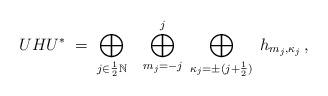
LaTeX: \begin{align*} UHU^*\;=\;\bigoplus_{j\in\frac{1}{2}\mathbb{N}}\;\;\;\bigoplus_{m_j=-j}^j\;\bigoplus_{\kappa_j=\pm(j+\frac{1}{2})}\;h_{m_j,\kappa_j}\,,\end{align*}